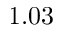
1 . 0 3